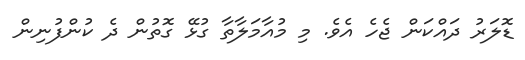
ޑޮލަރު ދައްކަން ޖެހެ އެވެ. މި މުއާމަލާތާ ގުޅޭ ގޮތުން ދެ ކުންފުނިން